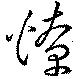
燎